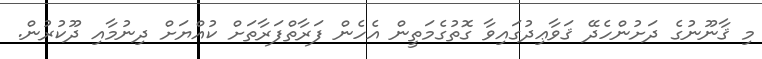
މި ޤާނޫނުގެ ދަށުންހެދޭ ޤަވާޢިދުގައިވާ ގޮތުގެމަތީން އެހެން ފަރާތްފަރާތަށް ކުއްޔަށް ދިނުމާއި ދޫކުރުން.